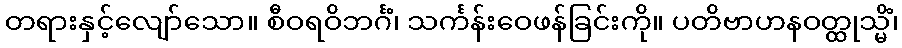
တရားနှင့်လျော်သော။ စီဝရဝိဘင်္ဂံ၊ သင်္ကန်းဝေဖန်ခြင်းကို။ ပတိဗာဟနဝတ္ထုသ္မိံ၊